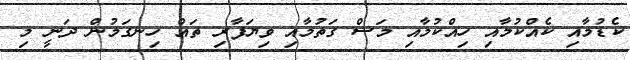
ކެޑުމާއި ކެއްކުމާއި ހިއްކުމާއި މަސް ގަތުމާއި ވިޔަފާރި ތައް ހިނގަމުން ދަނީ މި